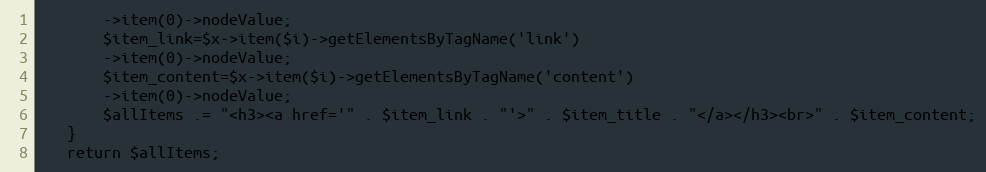
Language: PHP
       ->item(0)->nodeValue;
       $item_link=$x->item($i)->getElementsByTagName('link')
       ->item(0)->nodeValue;
       $item_content=$x->item($i)->getElementsByTagName('content')
       ->item(0)->nodeValue;
       $allItems .= "<h3><a href='" . $item_link . "'>" . $item_title . "</a></h3><br>" . $item_content;
   }
   return $allItems;